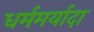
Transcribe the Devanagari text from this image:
धर्ममर्यादा